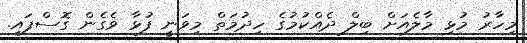
މިހާރު މުޅި މާލެއަށް ބިލް ދެއްކުމުގެ ހިދުމަތް މިވަނީ ފުޅާ ވެގެން ގޮސްފައި.